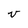
Character: v